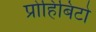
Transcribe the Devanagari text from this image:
प्रोहिबिटो